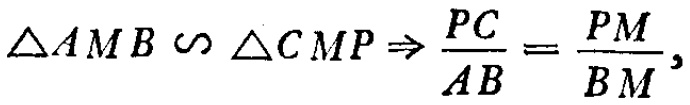
\(\triangle AMB \backsim \triangle CMP \Rightarrow \frac{PC}{AB} = \frac{PM}{BM},\)